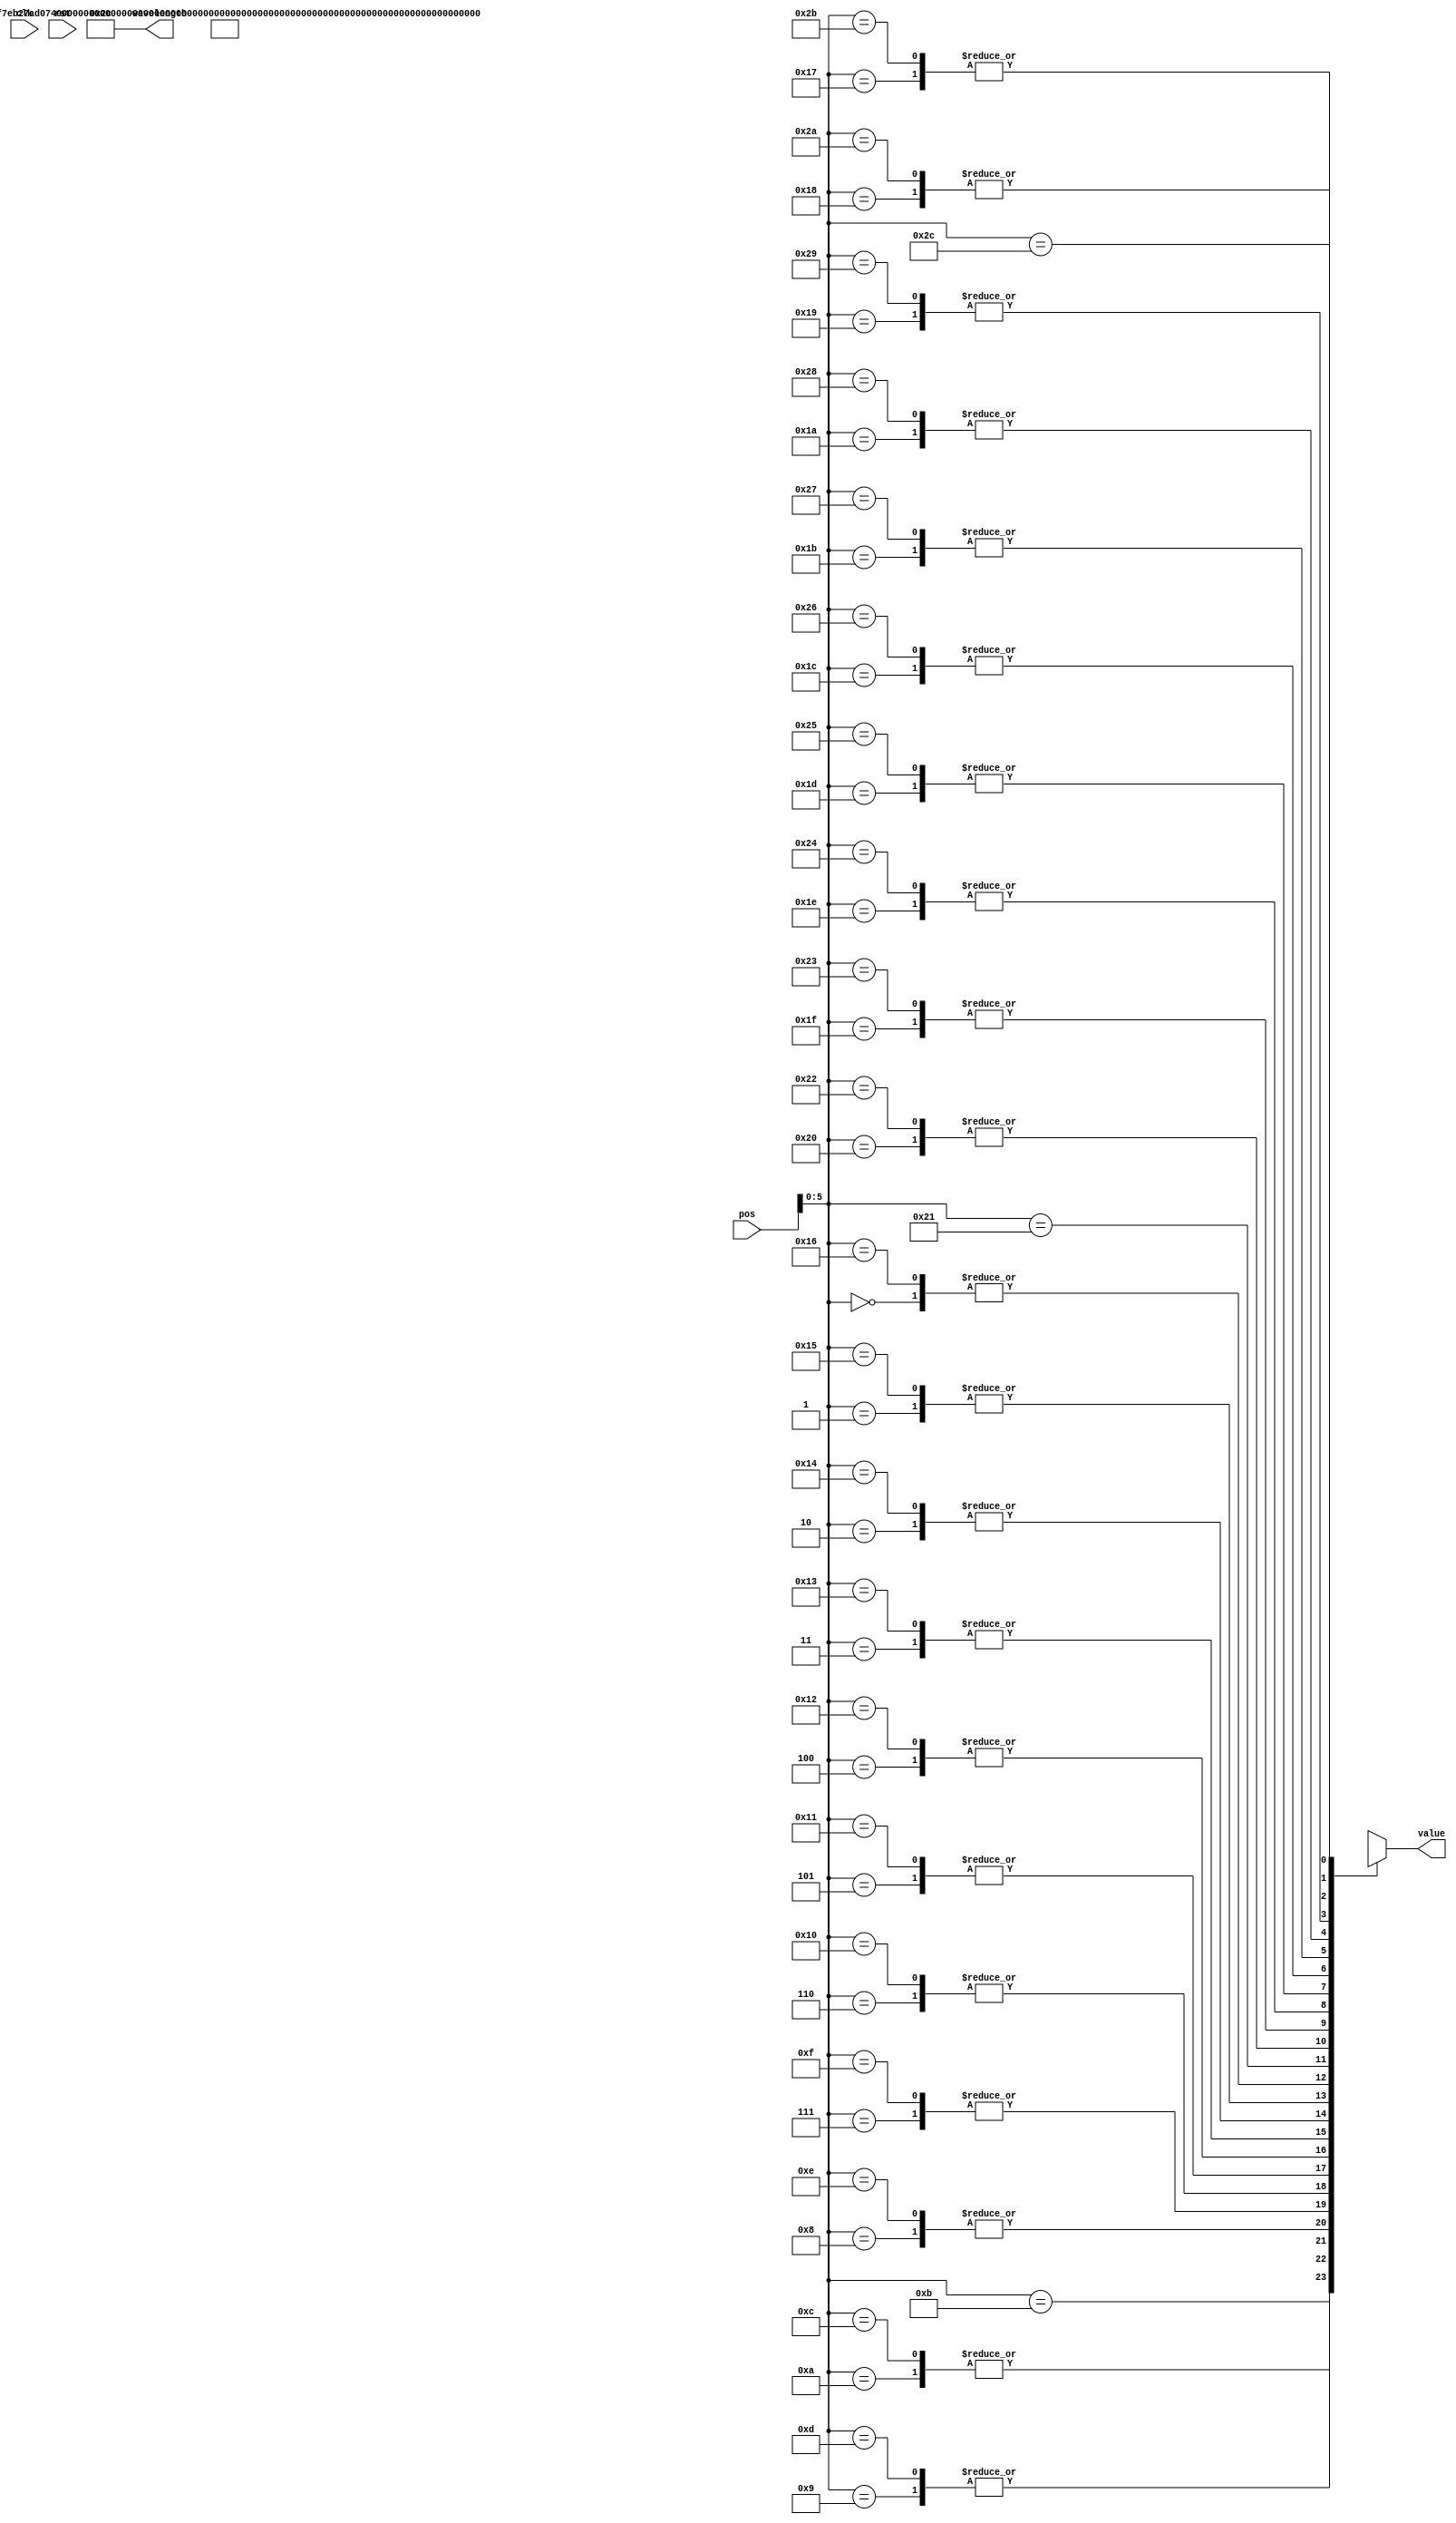
module waveform(
  clk,
  rst,
  wavelength,
  pos,
  value
);

input               clk;
input               rst;
input       [7:0]   pos;
output      [7:0]   wavelength;
output      [15:0]  value;

parameter WAVELENGTH = 44;

assign  wavelength = WAVELENGTH;
assign  value = wave[pos];

//register
wire [15:0] wave [WAVELENGTH:0];

assign wave[0]  =  16'h0000;
assign wave[1]  =  16'h1237; 
assign wave[2]  =  16'h240F;
assign wave[3]  =  16'h352C;
assign wave[4]  =  16'h4533;
assign wave[5]  =  16'h53D2;
assign wave[6]  =  16'h60BC;
assign wave[7]  =  16'h6BAE;
assign wave[8]  =  16'h746E;
assign wave[9]  =  16'h7AD0;
assign wave[10] =  16'h7EB2;
assign wave[11] =  16'h7FFF;
assign wave[12] =  16'h7EB2;
assign wave[13] =  16'h7AD0;
assign wave[14] =  16'h746E;
assign wave[15] =  16'h6BAE;
assign wave[16] =  16'h60BC;
assign wave[17] =  16'h53D2;
assign wave[18] =  16'h4533;
assign wave[19] =  16'h352C;
assign wave[20] =  16'h240F;
assign wave[21] =  16'h1237;
assign wave[22] =  16'h0000;
assign wave[23] =  16'hEDC9;
assign wave[24] =  16'hDBF1;
assign wave[25] =  16'hCAD4;
assign wave[26] =  16'hBACD;
assign wave[27] =  16'hAC2E;
assign wave[28] =  16'h9F43;
assign wave[29] =  16'h9452;
assign wave[30] =  16'h8B92;
assign wave[31] =  16'h8530;
assign wave[32] =  16'h814E;
assign wave[33] =  16'h8001;
assign wave[34] =  16'h814E;
assign wave[35] =  16'h8530;
assign wave[36] =  16'h8B92;
assign wave[37] =  16'h9452;
assign wave[38] =  16'h9F43;
assign wave[39] =  16'hAC2E;
assign wave[40] =  16'hBACD;
assign wave[41] =  16'hCAD4;
assign wave[42] =  16'hDBF1;
assign wave[43] =  16'hEDC9;

endmodule